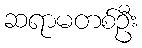
ဆရာမတစ်ဦး